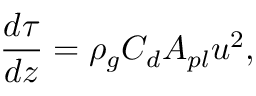
\frac { d \tau } { d z } = \rho _ { g } C _ { d } A _ { p l } u ^ { 2 } ,